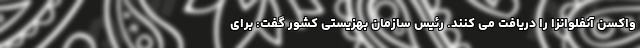
واکسن آنفلوانزا را دریافت می کنند. رئیس سازمان بهزیستی کشور گفت: برای